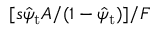
[ s \hat { \psi } _ { \mathrm { t } } A / ( 1 - \hat { \psi } _ { \mathrm { t } } ) ] / F